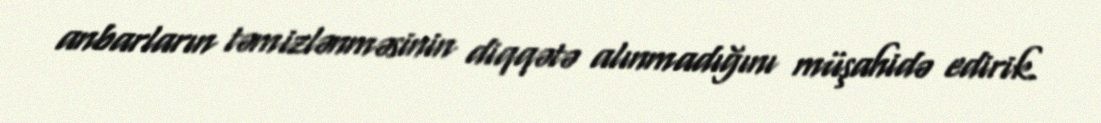
anbarların təmizlənməsinin diqqətə alınmadığını müşahidə edirik.